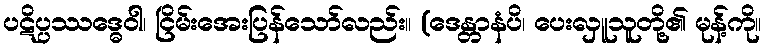
ပဋိပ္ပဿဒ္ဓေဝါ၊ ငြိမ်းအေးပြန်သော်လည်း။ (ဒေန္တာနံပိ၊ ပေးလှူသူတို့၏ မုန့်ကို။